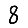
Digit: 8